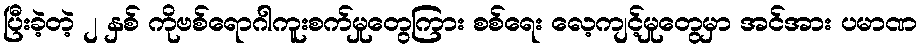
ပြီးခဲ့တဲ့ ၂ နှစ် ကိုဗစ်ရောဂါကူးစက်မှုတွေကြား စစ်ရေး လေ့ကျင့်မှုတွေမှာ အင်အား ပမာဏ